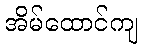
အိမ်ထောင်ကျ